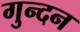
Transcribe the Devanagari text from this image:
गुन्दन